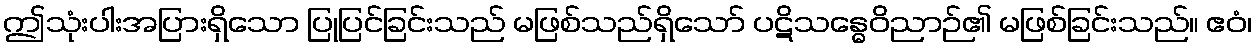
ဤသုံးပါးအပြားရှိသော ပြုပြင်ခြင်းသည် မဖြစ်သည်ရှိသော် ပဋိသန္ဓေဝိညာဉ်၏ မဖြစ်ခြင်းသည်။ ဧဝံ၊